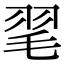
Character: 毣